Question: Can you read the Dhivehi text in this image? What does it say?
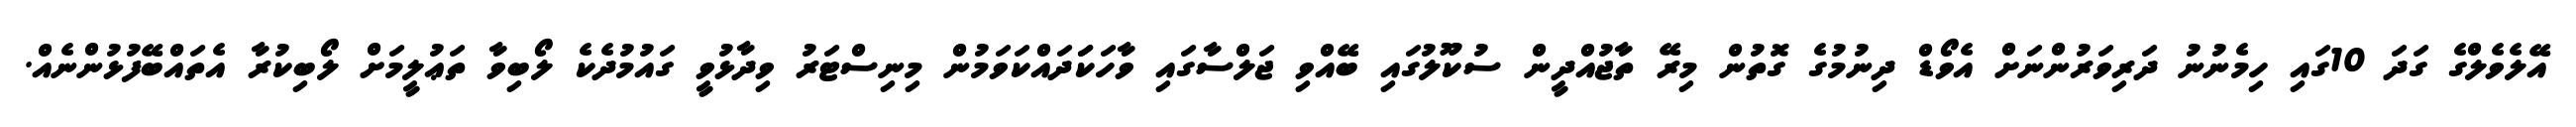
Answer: އޭލެވެލްގެ ގަދަ 10ގައި ހިމެނުނު ދަރިވަރުންނަށް އެވޯޑް ދިނުމުގެ ގޮތުން މިރޭ ތާޖުއްދީން ސުކޫލުގައި ބޭއްވި ޖަލްސާގައި ވާހަކަަދައްކަވަމުން މިނިސްޓަރު ވިދާޅުވީ ގައުމުދެކެ ލޯބިވާ ތަޢުލީމަށް ލޯބިކުރާ އެތައްބޭފުޅުންނެއް.